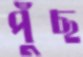
পুঁছ